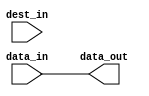
module c_scatter
  (data_in, dest_in, data_out);
   parameter out_width = 32;
   function integer pop_count(input [0:out_width-1] argument);
      integer i;
      begin
	 pop_count = 0;
	 for(i = 0; i < out_width; i = i + 1)
	   pop_count = pop_count + argument[i];
      end
   endfunction
   parameter [0:out_width-1] mask = {out_width{1'b1}};
   localparam in_width = pop_count(mask);
   input [0:in_width-1] data_in;
   input [0:out_width-1] dest_in;
   output [0:out_width-1] data_out;
   reg [0:out_width-1] 	  data_out;
   integer 		  idx1, idx2;
   always @(data_in)
     begin
	idx2 = 0;
	for(idx1 = 0; idx1 < out_width; idx1 = idx1 + 1)
	  if(mask[idx1] == 1'b1)
	    begin
	       data_out[idx1] = data_in[idx2];
	       idx2 = idx2 + 1;
	    end
	  else
	    data_out[idx1] = dest_in[idx1];
     end
endmodule